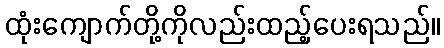
ထုံးကျောက်တို့ကိုလည်းထည့်ပေးရသည်။